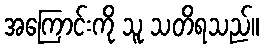
အကြောင်းကို သူ သတိရသည်။